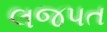
લજપત